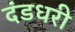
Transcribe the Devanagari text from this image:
दंडधरी